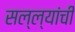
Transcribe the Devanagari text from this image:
सल्ल्यांची